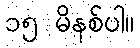
၁၅ မိနစ်ပါ။